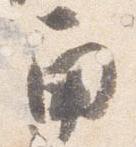
角